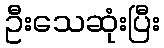
ဦးသေဆုံးပြီး